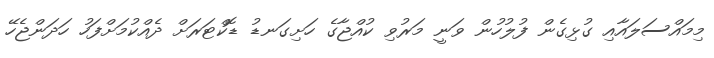
މިމައްސަލައާއި ގުޅިގެން ފުލުހުން ވަނީ މަރުވި ކުއްޖާގެ ހަށިގަނޑު ޑޮކްޓަރަށް ދެއްކުމަށްފަހު ހަދަންޖެހޭ